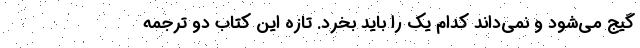
گیج می‌شود و نمی‌داند کدام یک را باید بخرد. تازه این کتاب دو ترجمه